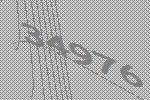
34976